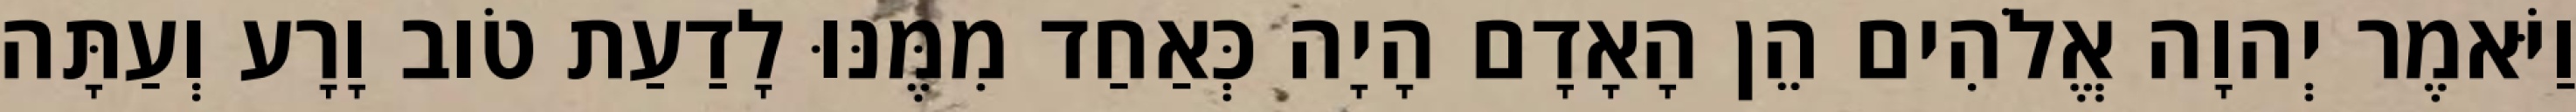
וַיֹּאמֶר יְהוָה אֱלֹהִים הֵן הָאָדָם הָיָה כְּאַחַד מִמֶּנּוּ לָדַעַת טֹוב וָרָע וְעַתָּה